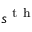
s ^ { \mathrm { ~ t ~ h ~ } }